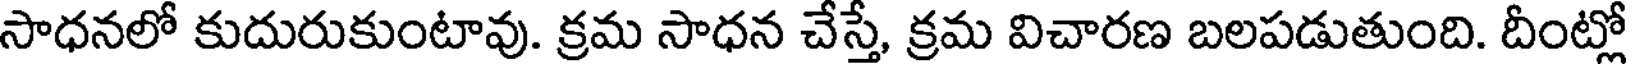
సాధనలో కుదురుకుంటావు. క్రమ సాధన చేస్తే, క్రమ విచారణ బలపడుతుంది. దీంట్లో